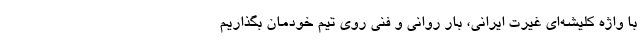
با واژه کلیشه‌ای غیرت ایرانی، ‌بار روانی و فنی روی تیم خودمان بگذاریم